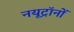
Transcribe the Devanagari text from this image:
नयूट्रॉनों